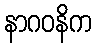
နာဂဝနိက